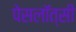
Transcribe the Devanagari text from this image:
पेसलॉत्सी